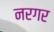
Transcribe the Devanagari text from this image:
नरगर